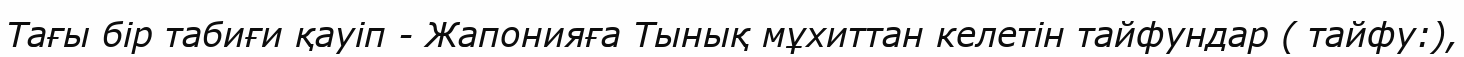
Тағы бір табиғи қауіп - Жапонияға Тынық мұхиттан келетін тайфундар ( тайфу:),